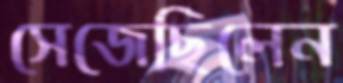
সেজেছিলেন